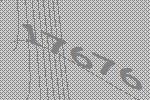
17676